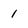
Character: 1